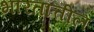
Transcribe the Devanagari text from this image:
भारतात्तील